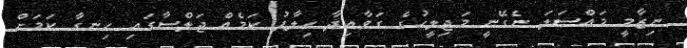
ނިޒާމީ މައްސަލަ ނެގޭނީ މަޖިލީހުގެ ގަވާއިދާ ހިލާފު ކަމެއް ޖަލްސާގައި ހިނގާ ކަމަށް